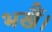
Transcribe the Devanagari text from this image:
भखैं।